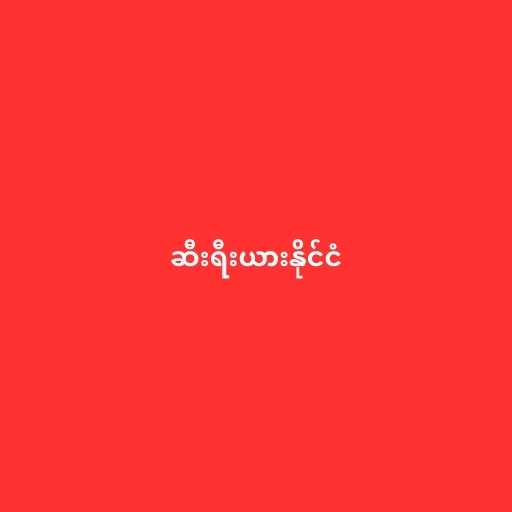
ဆီးရီးယားနိုင်ငံ